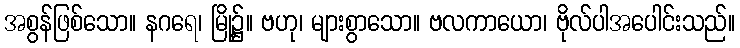
အစွန်ဖြစ်သော။ နဂရေ၊ မြို့၌။ ဗဟု၊ များစွာသော။ ဗလကာယော၊ ဗိုလ်ပါအပေါင်းသည်။